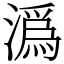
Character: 潙